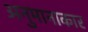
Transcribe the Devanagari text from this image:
अनुमानाकार